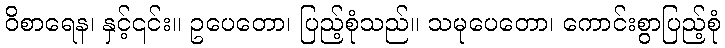
ဝိစာရေန၊ နှင့်၎င်း။ ဥပေတော၊ ပြည့်စုံသည်။ သမုပေတော၊ ကောင်းစွာပြည့်စုံ